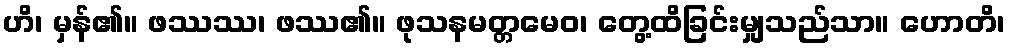
ဟိ၊ မှန်၏။ ဖဿဿ၊ ဖဿ၏။ ဖုသနမတ္တမေဝ၊ တွေ့ထိခြင်းမျှသည်သာ။ ဟောတိ၊